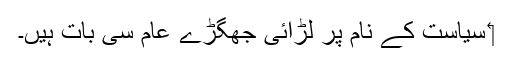
‏ سیاست کے نام پر لڑائی جھگڑے عام سی بات ہیں۔